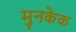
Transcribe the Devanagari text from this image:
मुनकेक